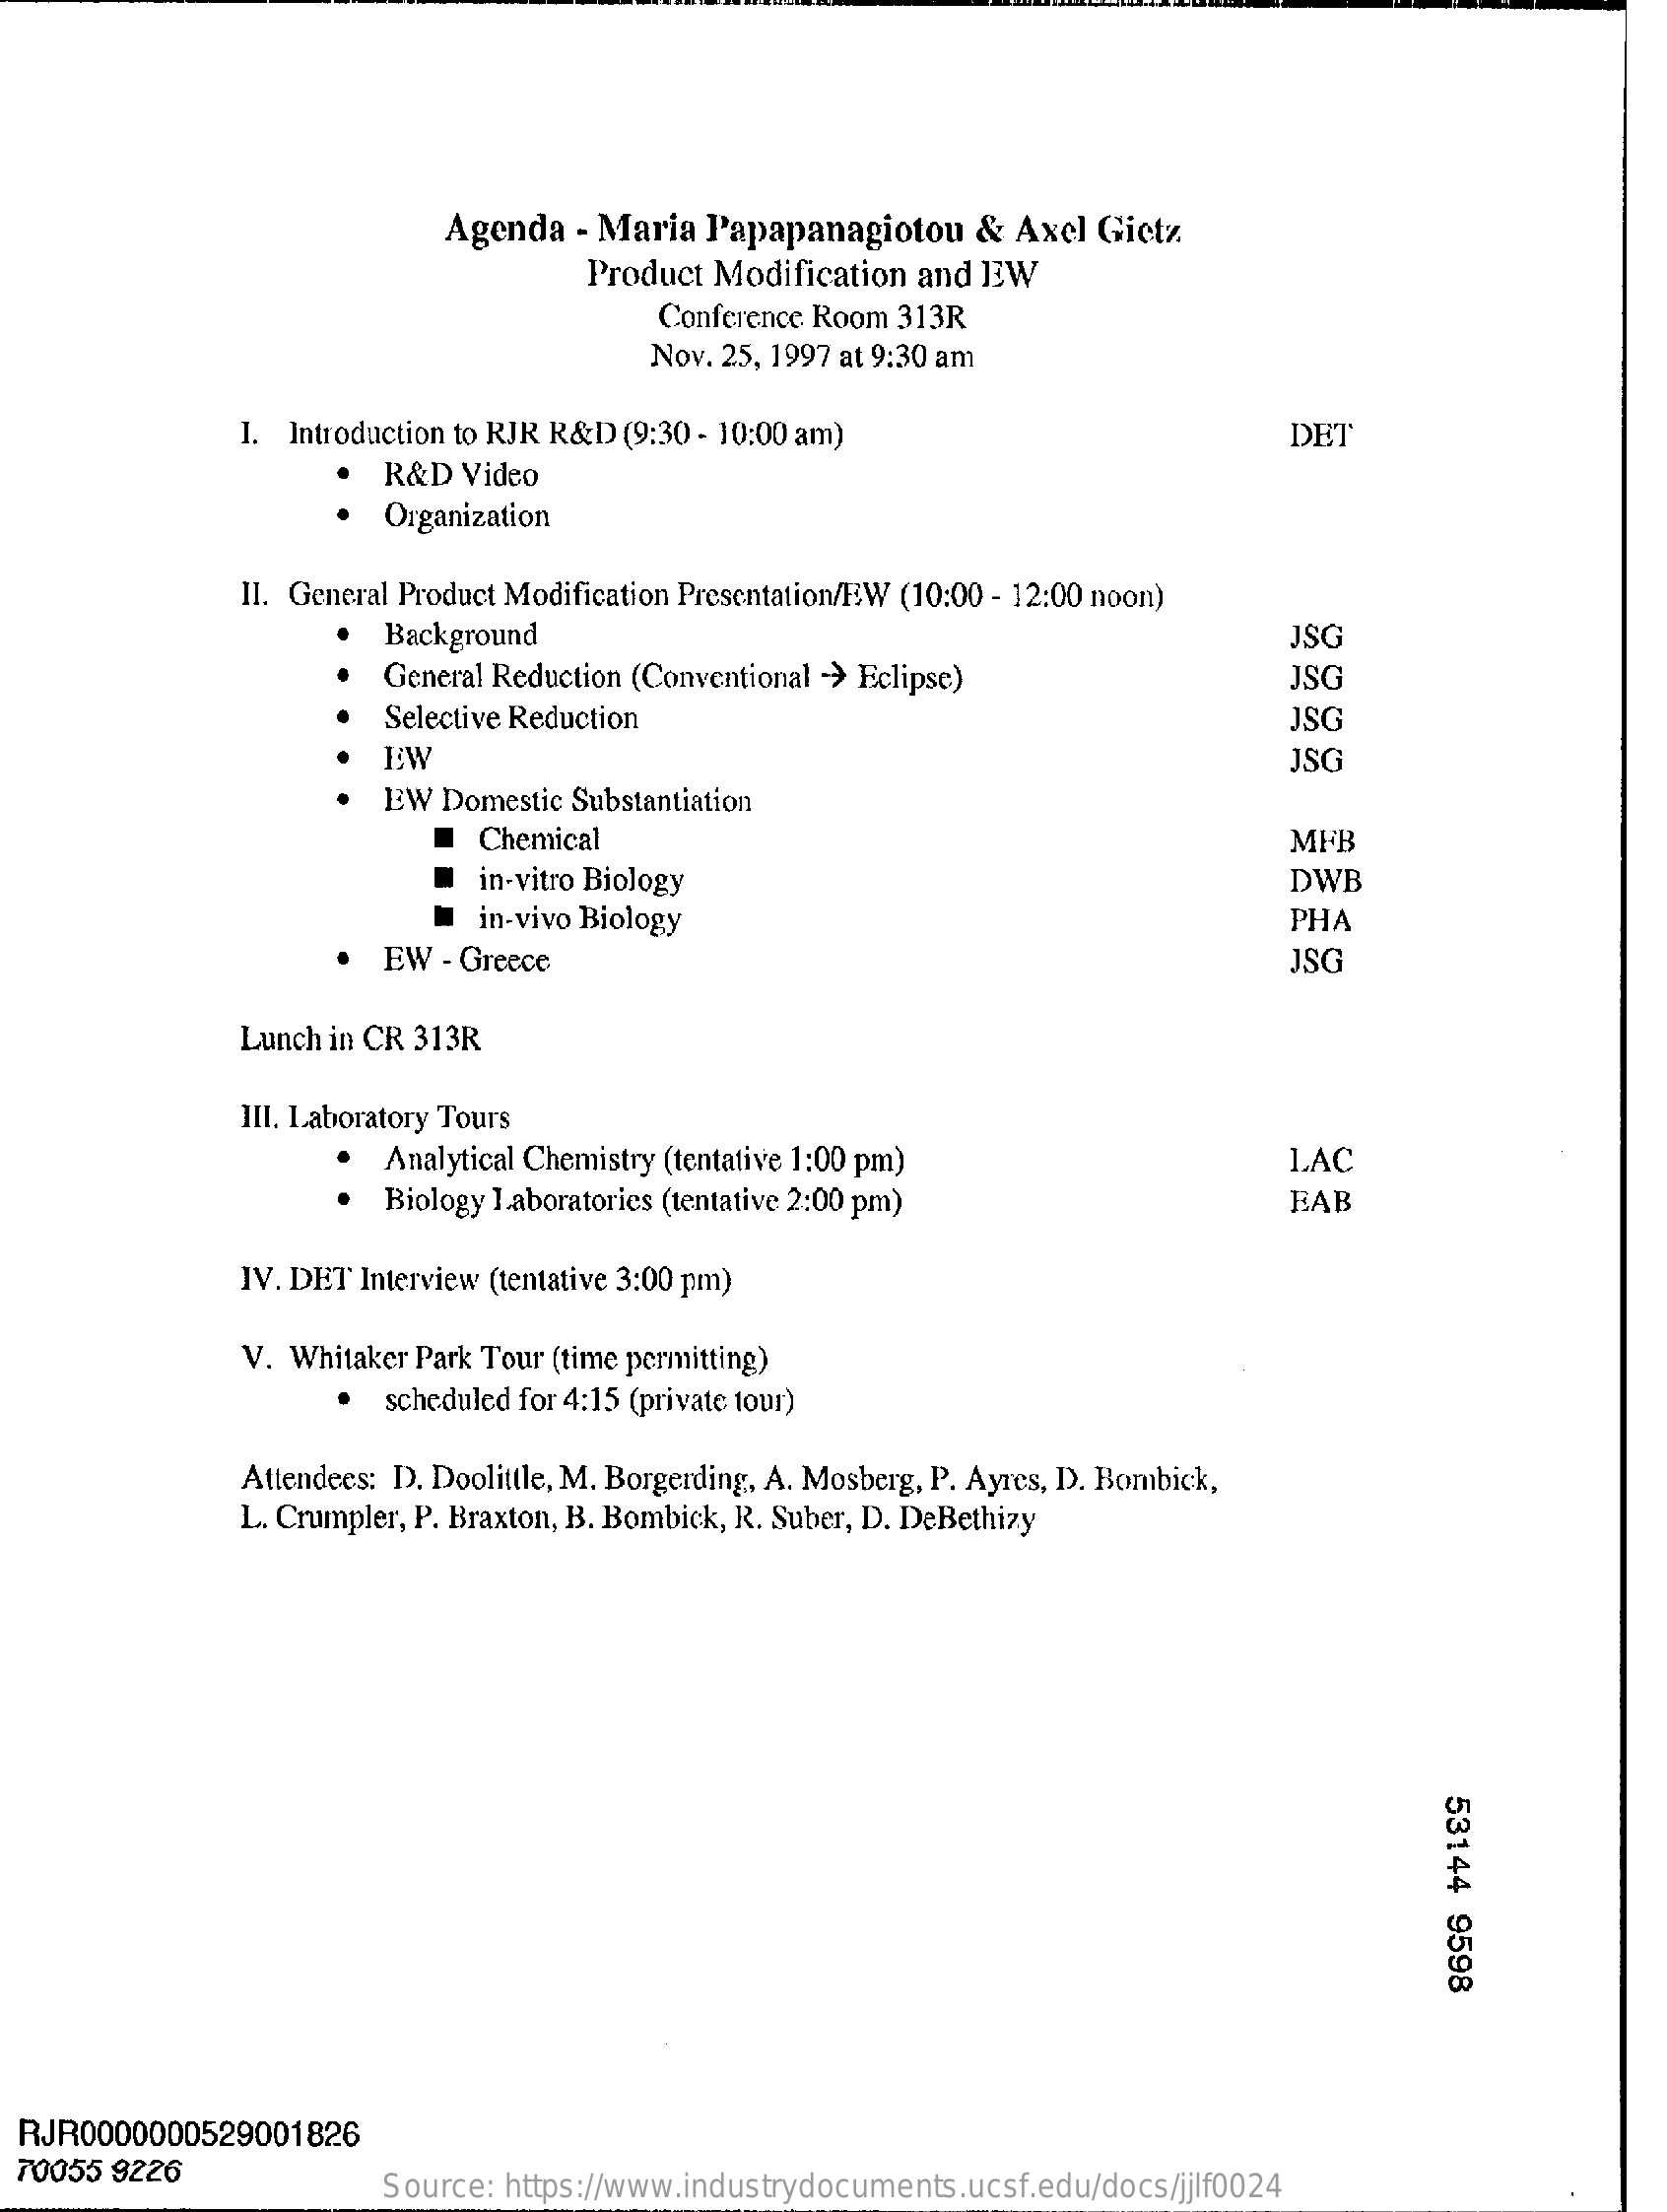
Agenda  - Maria Papapanagiotou    & Axel  Gictz.
     Product Modification and EW
     Conference Room 313R
     Nov. 25, 1997 at 9:30 am
     I. Introduction to RJR R&D (9:30 - 10:00 am)    DET
     R&D  Video
     Organization
     Il. General Product Modification Presentation/EW (10:00 - 12:00 noon)
     Background    JSG
     General Reduction (Conventional -> Eclipse)    JSG
     Selective Reduction    JSG
     EW    JSG
     EW Domestic Substantiation
     Chemical    MFB
     in-vitro Biology    DWB
     in-vivo Biology    PHA
     EW  - Greece    JSG
     Lunch in CR 313R
     III. Laboratory Tours
     Analytical Chemistry (tentative 1:00 pm)    LAC
     Biology Laboratories (tentative 2:00 pm)    EAB
     IV. DET Interview (tentative 3:00 pm)
     V. Whitaker Park Tour (time permitting)
     scheduled for 4:15 (private tour)
     Attendees: D. Doolittle, M. Borgerding, A. Mosberg, P. Ayres, D. Bombick,
     L. Crumpler, P. Braxton, B. Bombick, R. Suber, D. DeBethizy
     53144
     9598
  RJR0000000529001826
  70055 9226
     Source: https://www.industrydocuments.ucsf.edu/docs/jjlf0024